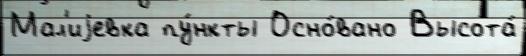
Мал'иjевка пу́нкты Осно́вано Высота́